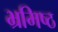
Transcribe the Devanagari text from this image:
भ्रमिष्ठ